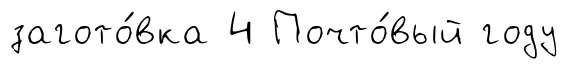
загото́вка 4 Почто́вый году